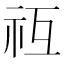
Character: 𥘡